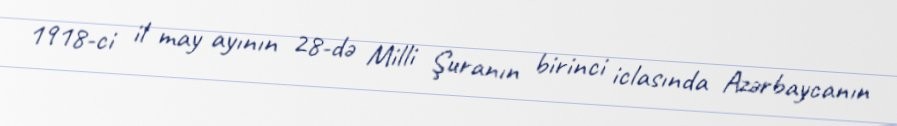
1918-ci il may ayının 28-də Milli Şuranın birinci iclasında Azərbaycanın